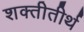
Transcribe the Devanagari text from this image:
शक्तीतीर्थ